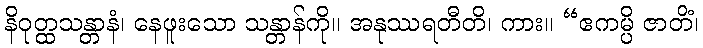
နိဝုတ္ထသန္တာနံ၊ နေဖူးသော သန္တာန်ကို။ အနုဿရတီတိ၊ ကား။ “ဧကမ္ပိ ဇာတိံ၊